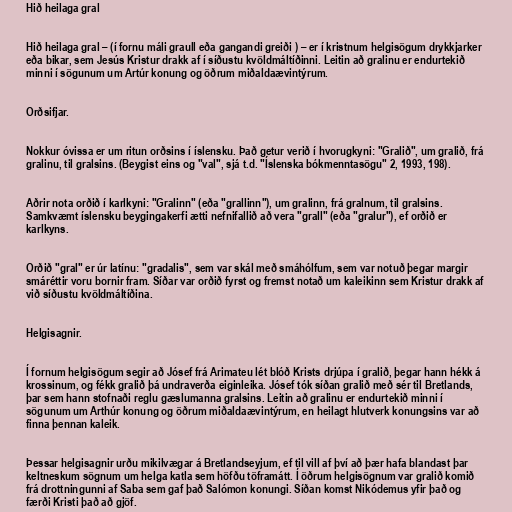
Hið heilaga gral

Hið heilaga gral – (í fornu máli graull eða gangandi greiði ) – er í kristnum helgisögum drykkjarker
eða bikar, sem Jesús Kristur drakk af í síðustu kvöldmáltíðinni. Leitin að gralinu er endurtekið
minni í sögunum um Artúr konung og öðrum miðaldaævintýrum.

Orðsifjar.

Nokkur óvissa er um ritun orðsins í íslensku. Það getur verið í hvorugkyni: "Gralið", um gralið, frá
gralinu, til gralsins. (Beygist eins og "val", sjá t.d. "Íslenska bókmenntasögu" 2, 1993, 198).

Aðrir nota orðið í karlkyni: "Gralinn" (eða "grallinn"), um gralinn, frá gralnum, til gralsins.
Samkvæmt íslensku beygingakerfi ætti nefnifallið að vera "grall" (eða "gralur"), ef orðið er
karlkyns.

Orðið "gral" er úr latínu: "gradalis", sem var skál með smáhólfum, sem var notuð þegar margir
smáréttir voru bornir fram. Síðar var orðið fyrst og fremst notað um kaleikinn sem Kristur drakk af
við síðustu kvöldmáltíðina.

Helgisagnir.

Í fornum helgisögum segir að Jósef frá Arimateu lét blóð Krists drjúpa í gralið, þegar hann hékk á
krossinum, og fékk gralið þá undraverða eiginleika. Jósef tók síðan gralið með sér til Bretlands,
þar sem hann stofnaði reglu gæslumanna gralsins. Leitin að gralinu er endurtekið minni í
sögunum um Arthúr konung og öðrum miðaldaævintýrum, en heilagt hlutverk konungsins var að
finna þennan kaleik.

Þessar helgisagnir urðu mikilvægar á Bretlandseyjum, ef til vill af því að þær hafa blandast þar
keltneskum sögnum um helga katla sem höfðu töframátt. Í öðrum helgisögnum var gralið komið
frá drottningunni af Saba sem gaf það Salómon konungi. Síðan komst Nikódemus yfir það og
færði Kristi það að gjöf.